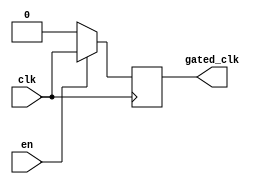
module clock_gating_buffer (
    input wire clk,       // Main clock signal
    input wire en,        // Enable signal for clock gating
    output reg gated_clk   // Gated clock output
);

// Internal signal to hold the gated clock state
reg clk_internal;

// Always block to control the gated clock based on the enable signal
always @(*) begin
    if (en) begin
        // When enable is high, propagate the clock
        clk_internal = clk;
    end else begin
        // When enable is low, hold the clock low (or high impedance)
        clk_internal = 1'b0; // Or you can use a tri-state buffer if needed
    end
end

// Flip-flop to synchronize the gated clock to the main clock domain
always @(posedge clk) begin
    gated_clk <= clk_internal;
end

endmodule